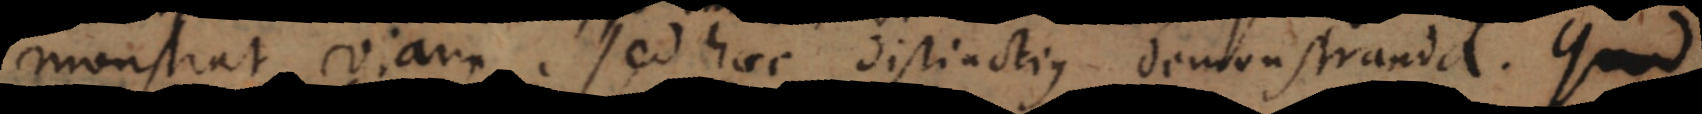
monstrat viam. Sed haec distinctius demonstranda. Quod